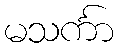
မသင်္ကာ